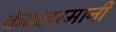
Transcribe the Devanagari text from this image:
केवलरमानी